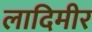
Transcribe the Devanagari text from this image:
लादिमीर